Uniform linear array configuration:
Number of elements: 4
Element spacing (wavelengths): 1
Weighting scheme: kaiser
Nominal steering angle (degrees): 30
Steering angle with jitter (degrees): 31.321
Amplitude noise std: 0.05
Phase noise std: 0.05

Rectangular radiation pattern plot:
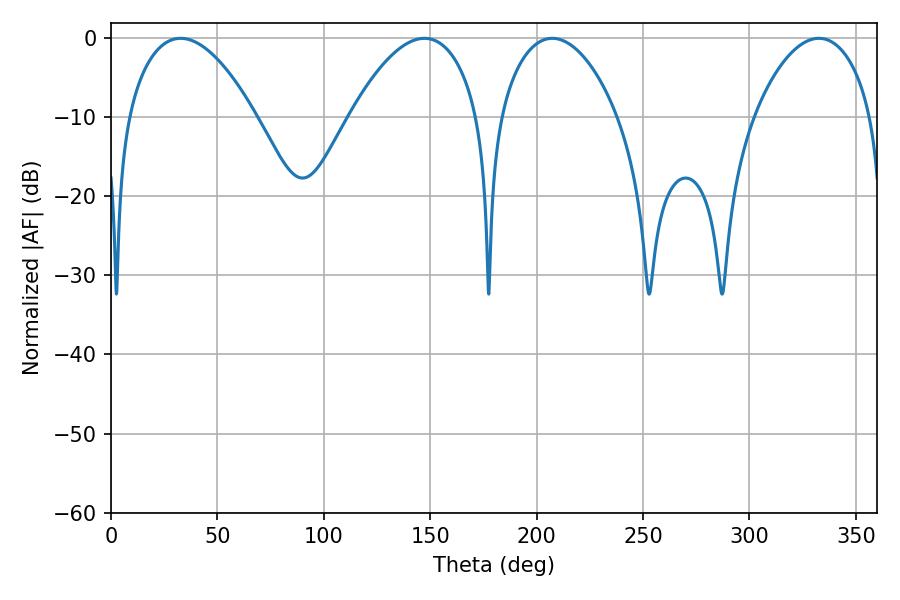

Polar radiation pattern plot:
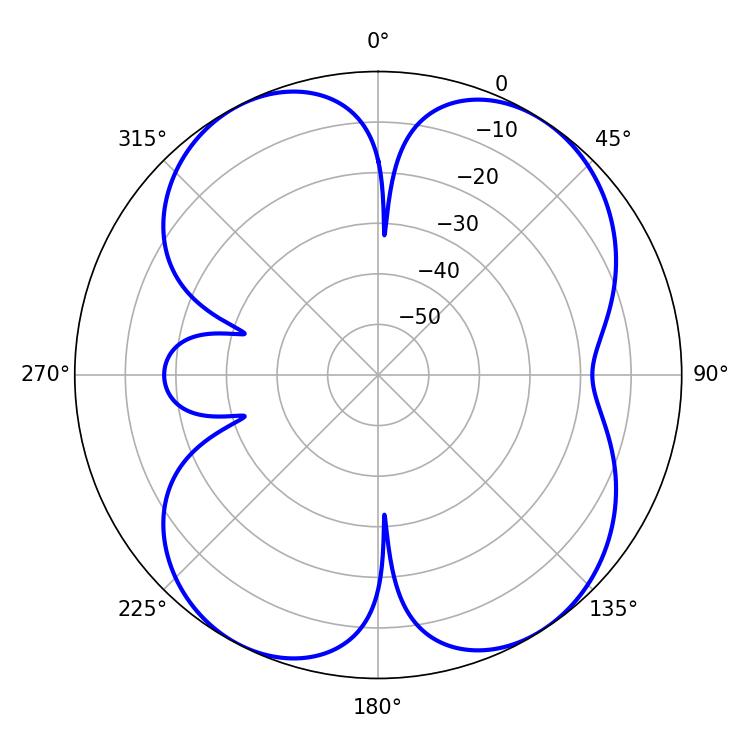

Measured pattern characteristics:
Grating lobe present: TRUE
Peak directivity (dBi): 10.754
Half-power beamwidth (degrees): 31.32
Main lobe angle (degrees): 207.36